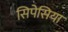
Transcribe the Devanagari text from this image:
सिपेसिया